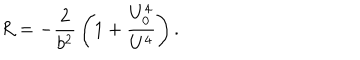
R = - { \frac { 2 } { b ^ { 2 } } } \left( 1 + { \frac { U _ { 0 } ^ { 4 } } { U ^ { 4 } } } \right) .